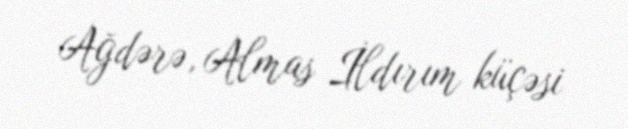
Ağdərə, Almas İldırım küçəsi